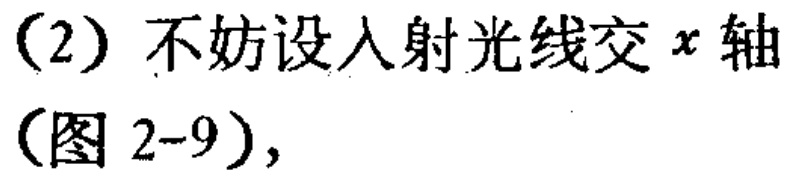
（2）不妨设入射光线交\(x\)轴（图 2-9），